Scottish Education Department, 1921
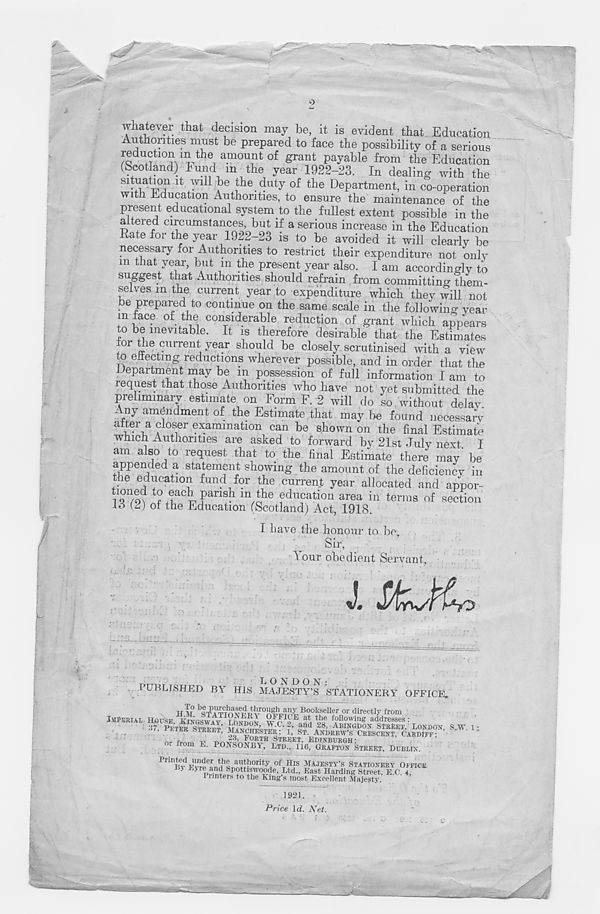
c*~
i /
fa
J.SL-K,
whatever that decision may be, it is evident that Education
Authorities must be prepared to face the possibility of a serious
reduction m the amount of grant payable from the Education
(Scot and) bund m the year 1922-23. In dealing with the
situation it will be the duty of the Department, in co-operation
with Education Authorities, to ensure the maintenance of the
present educational system to the fullest extent possible in the
altered circumstances, but if a serious increase in the Education
Kate for the year 1922-23 is to be avoided it will clearlv be
necessary for Authorities to restrict their expenditure not only
m that year, but m the present year also. I am accordingly to
suggest that Authorities should refrain from committino- them-
selves in the current year to expenditure which they will not
be prepared to continue on the same scale in the following year
in face of the considerable reduction of grant which appears
to be inevitable. It is therefore desirable that the Estimates
for the current year should be closely scrutinised with a view
to effecting reductions wherever possible, and in order that the
Department may be in possession of full information I am to
request that those Authorities who have not yet submitted the
preliminary estimate on Form F. 2 will do so without delav
Any amendment of the Estimate that may be found necessary
a Tr r , a ^l oser examination can be shown on the final Estimate
which Authorities are asked to forward by 21st July next, I
am also to request that to the final Estimate there may be
appended a statement showing the amount of the deficiency in
the education fund for the current year allocated and appor-
^
P an sh m the education area in terms of section
to (2) of the Education (Scotland) Act, 1918.
I have the honour to be
Sir,
Your obedient Servant
TJTTT, T
L O Is T D O N :
PUBLISHED BY HIS MAJESTY’S STATIONERY OFFICE.
H V b ST^?vp«F ro^8 Jh??,?, :Bookseller or directly from
IMPERIAL HOUSE, KINGS WAV ION-TIGV \vr hY a (, tke f°llowin g addresses :
; 37 PFTEP STREET’
aml . 28 .- ABINGDON STREET, LONDON, SAT
,,,,
• EK hTRliET > MANCHESTER; 1, ST. ANDREW’S CRESCENT, CARDIFF- •
™ f
FORTH STREET, EDINBURGH-
or from h. POXSONBY, LTD., lie, GRAFTON STREET, DUBLIN.
Prin Bv F l vre e , r nri h |^fF ority , °h H i s MAJESTY’S STATIONERY OFFICE
'
' >, F Spottiswoode, Ltd., East Harding Street, E.C. 4.
i iinters to the King s most Excellent Majesty.
1921.
Price Id. Net.
1;